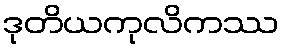
ဒုတိယကုလိကဿ